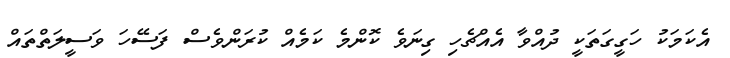
އެކަމަކު ހަގީގަތަކީ ދުއްވާ އެއްޗެހި ގިނަވެ ކޮންމެ ކަމެއް ކުރަންވެސް ފަސޭހަ ވަސީލަތްތައް